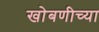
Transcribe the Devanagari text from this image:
खोबणीच्या